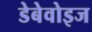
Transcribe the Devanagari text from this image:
डेबेवोइज